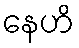
နေဟိ